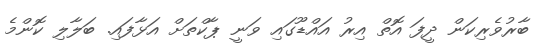
ބާރުވެރިކަން ދީފަ އޮތް އިރު އައްޑޫގައި ވަނީ ޕާކްތަށް އަޅާފައި. ބަލާލި ކޮންމެ